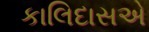
કાલિદાસએ